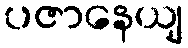
ပဇာနေယျ